Tartu_Muinsuskaitse_Uhendus, lk 5
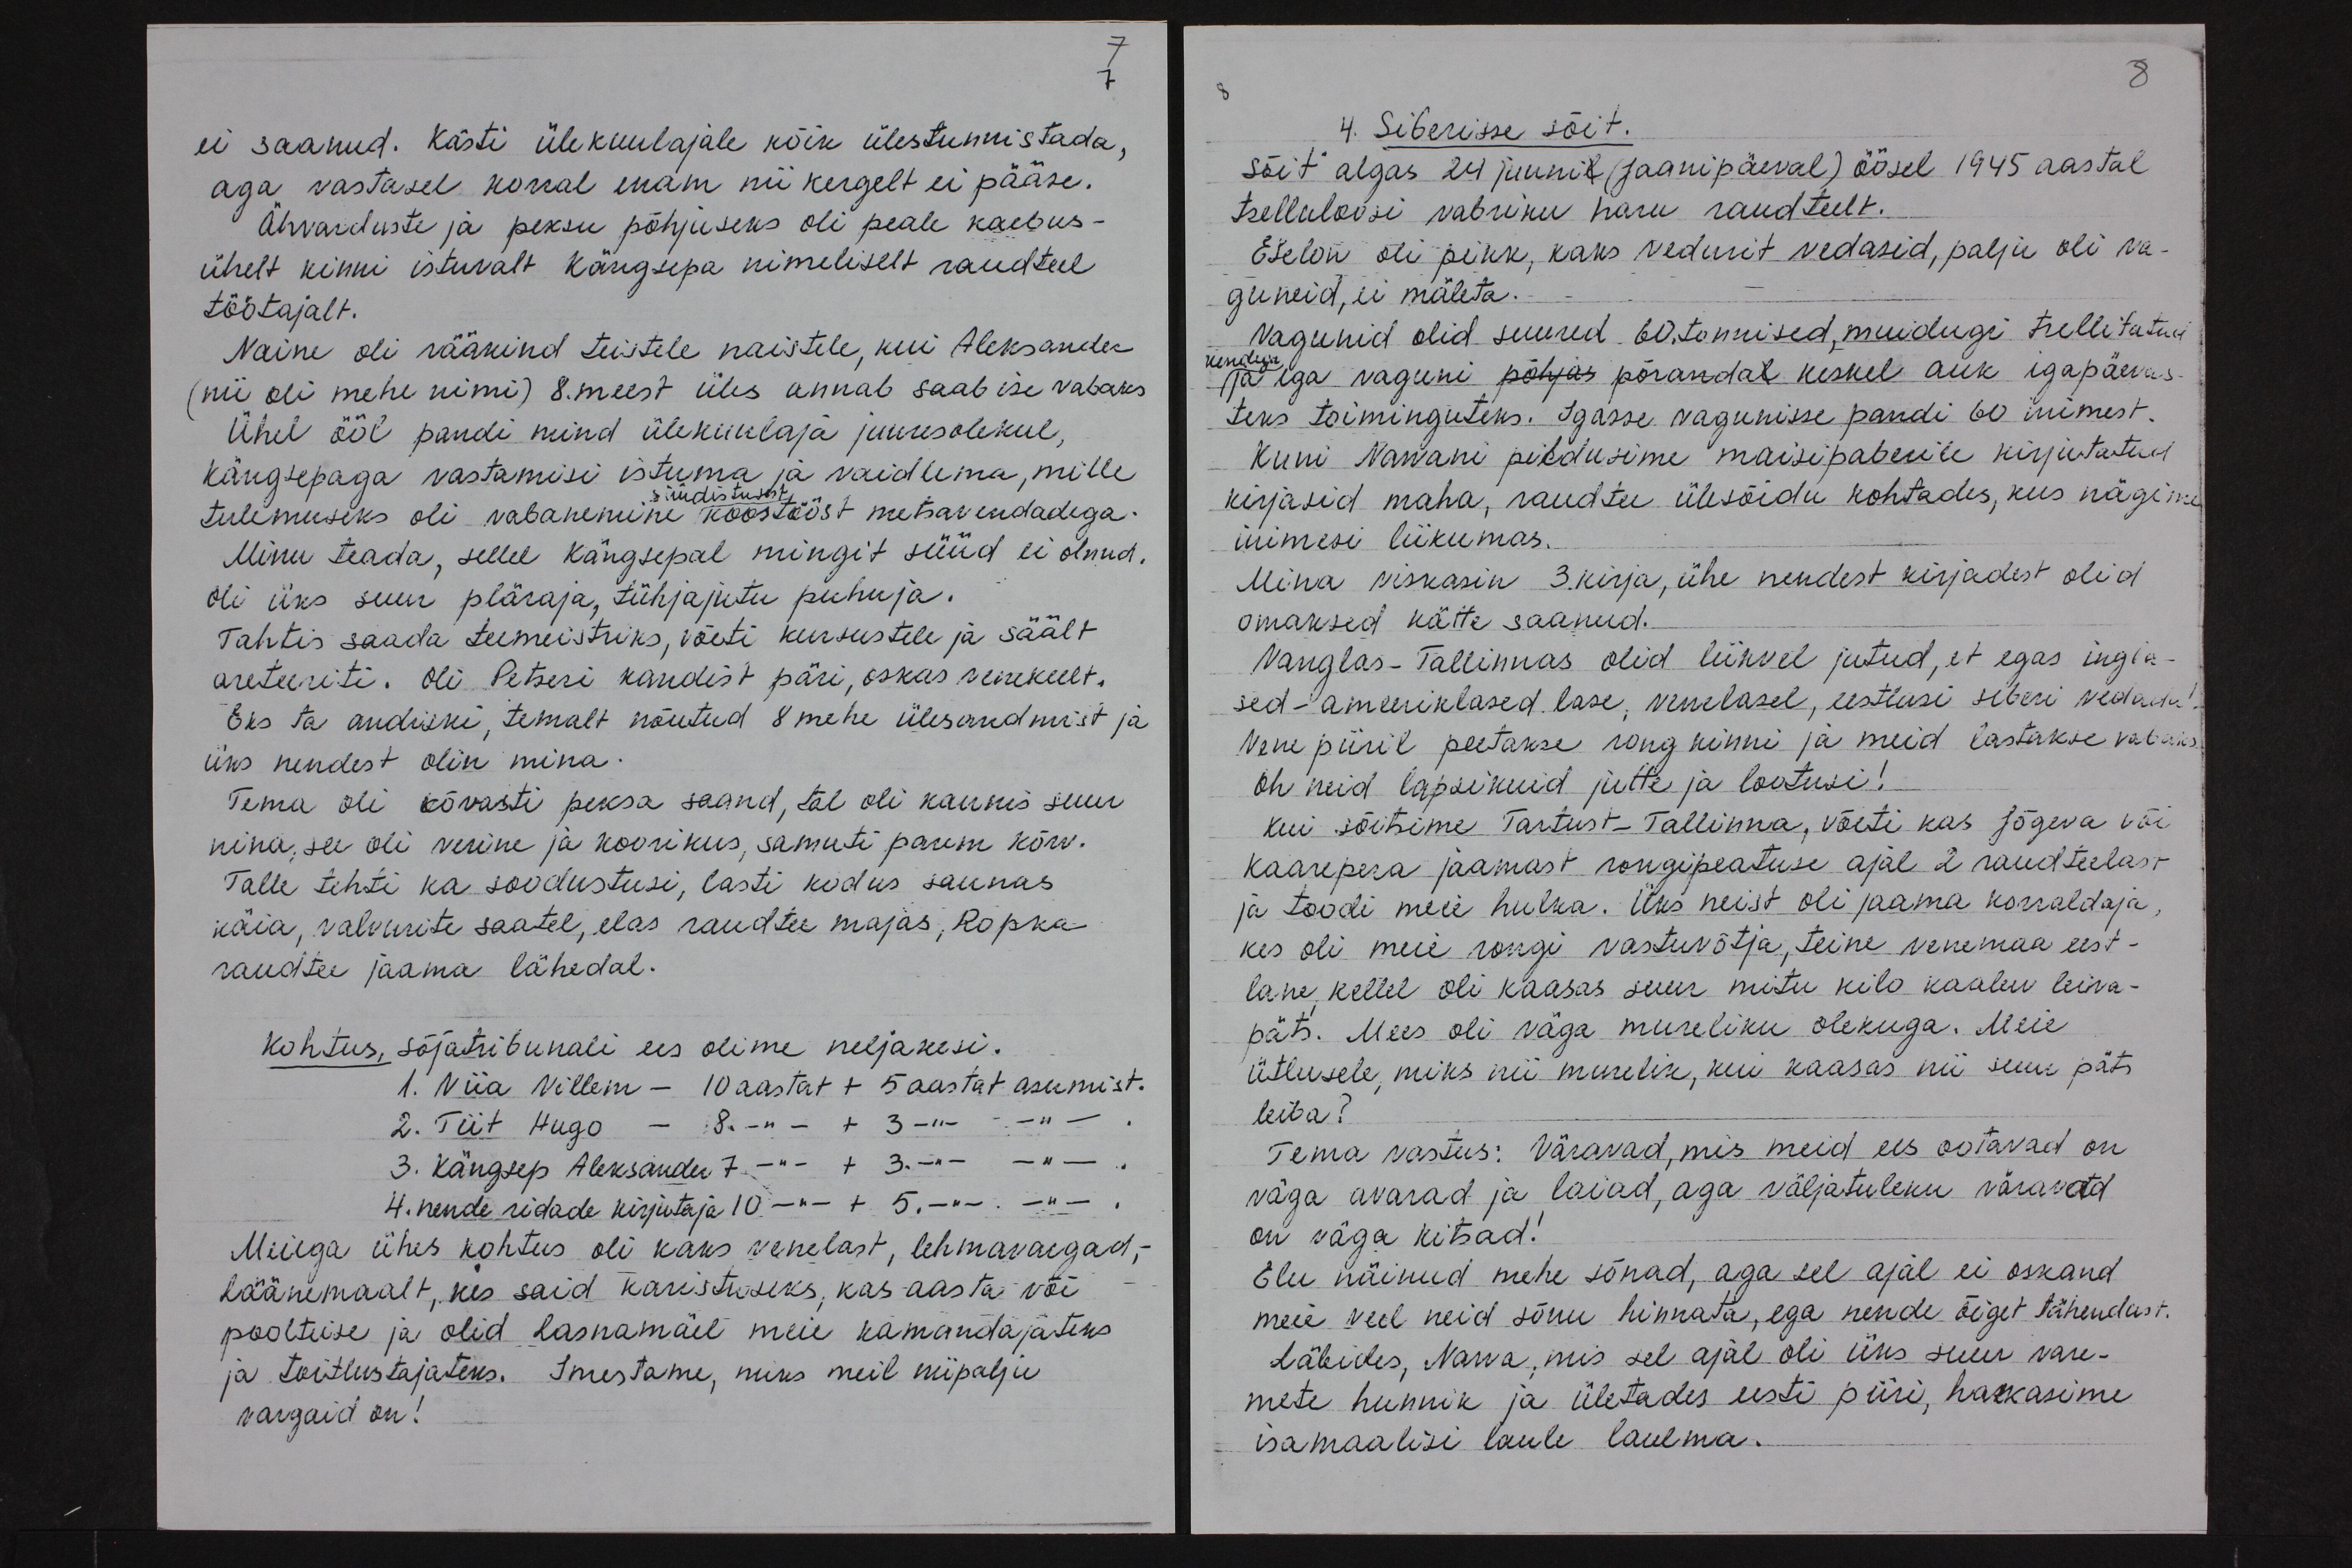
ei saanud. Kästi ülekuulajale kõik ülestunnistada,
aga vastasel korral enam nii kergelt ei pääse.
Ähvarduste ja peksu põhjuseks oli peale kaebus-
ühelt kinni istuvalt Kängsepa nimeliselt raudteel
töötajalt.
Naine oli rääkind teistele naistele, kui Aleksander
(nii oli mehe nimi) 8. meest üles annab saab ise vabaks.
Ühel ööl pandi mind ülekuulaja juuresolekul,
Kängsepaga vastamisi istuma ja vaidlema, mille
süüdistusest
tulemuseks oli vabanemine koostööst metsavendadega.
Minu teada, sellel Kängsepal mingit süüd ei olnud.
oli üks suur pläraja, tühjajutu puhuja.
Tahtis saada teemeistriks, võeti kursustele ja säält
areteeriti. Oli Petseri kandist päri, oskas venekeelt.
Eks ta andiski, temalt nõutud 8 mehe ülesandmist ja
üks nendest olin mina.
Tema oli kõvasti peksa saand, tal oli kaunis suur
nina, see oli verine ja koorikus, samuti panem kõrv.
Talle tehti ka soodustusi, lasti kodus saunas
käia, valvurite saatel, elas raudtee majas, Ropka
raudtee jaama lähedal.
Kohtus, sõjatribunali ees olime neljakesi.
1. Niia Villem - 10 aastat + 5 aastat asumist.
2. Tiit Hugo - 8 aastat + 3 aastat asumist.
3. Kängsep Aleksander 7 aastat + 3 aastat asumist.
4. nende ridade kirjutaja 10 aastat + 5 aastat asumist.
Meiega ühes kohtus oli kaks venelast, lehmavargad,-
Läänemaalt, kes said karistuseks, kas aasta või
poolteise ja olid Lasnamäel meie kamandajateks
ja toitlustajateks. Imestame, miks meil niipalju
vargaid on!

8
4. Siberisse sõit.
Sõit algas 24 juunil (Jaanipäeval) öösel 1945 aastal
tselluloosi vabriku haru raudteelt.
Eselon oli pikk, kaks vedurit vedasid, palju oli va-
guneid, ei mäleta.
Vagunid olid suured 60.tonnised, muidugi trellitatud
nendega
ja ega vaguni põhjas põrandal keskel auk igapäevas-
teks toiminguteks. Igasse vagunisse pandi 60 inimest.
Kuni Narvani pildusime maisipaberile kirjutatud
kirjasid maha, raudtee ülesõidu kohtades, kus nägime
inimesi liikumas.
Mina viskasin 3 kirja, ühe nendest kirjadest olid
omaksed kätte saanud.
Vanglas-Tallinnas olid liikvel jutud, et egas ingla-
sed - ameeriklased lase, venelasel, eestlasi siberi vedada!
Vene piiril peetakse rong kinni ja meid lastakse vabaks
Oh neid lapsikuid jutte ja lootusi!
Kui sõitsime Tartust- Tallinna, võeti kas Jõgeva või
Kaarepera jaamast rongipeatuse ajal 2 raudteelast
ja toodi meie hulka. Üks neist oli jaama korraldaja
kes oli meie rongi vastuvõtja, teine venemaa eest-
lane, kellel oli kaasas suur mitu kilo kaaluv leiva-
päts. Mees oli väga mureliku olekuga. Meie
ütlusele, miks nii murelik, kui kaasas nii suur päts.
leiba?
Tema vastus: Väravad, mis meid ees ootavad on
väga avarad ja laiad, aga väljatuleku väravad
on väga kitsad!
Elu näinud mehe sõnad, aga sel ajal ei oskand
meie veel neid sõnu hinnata, ega nende õiget tähendust.
Läbides, Narva, mis sel ajal oli üks suur vare-
mete hunnik ja ületades eesti piiri, hakkasime
isamaalisi laule laulma.